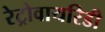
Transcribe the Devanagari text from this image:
रेट्रोवायरिडी